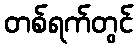
တစ်ရက်တွင်